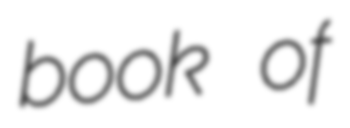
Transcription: book of